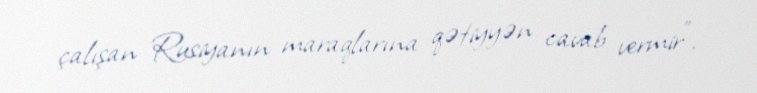
çalışan Rusiyanın maraqlarına qətiyyən cavab vermir".